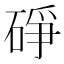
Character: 碀